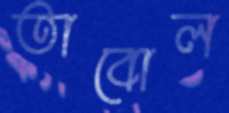
তাবোল